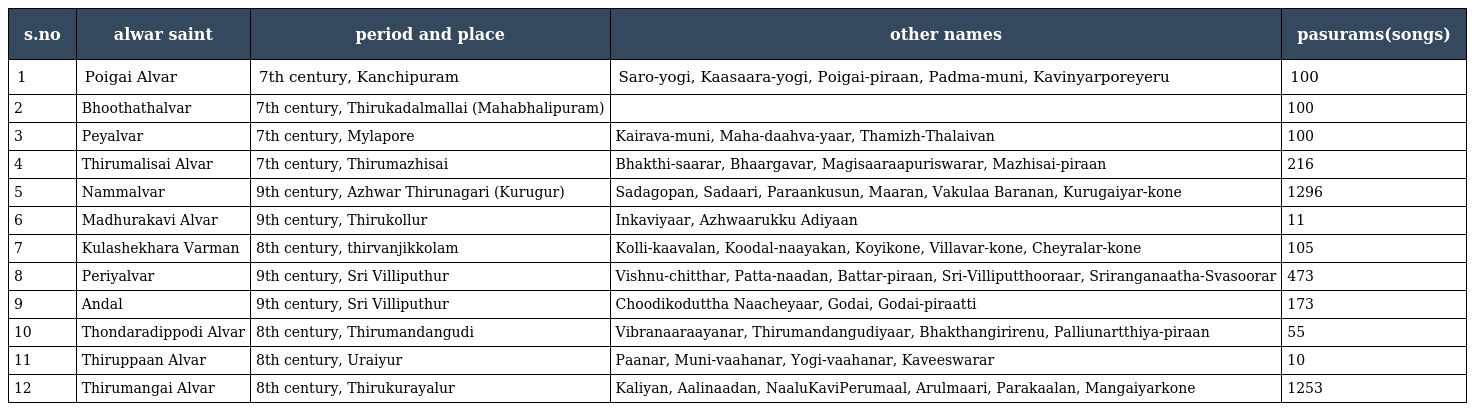
| s.no | alwar saint | period and place | other names | pasurams(songs) |
 | --- | --- | --- | --- | --- |
 | 1 | Poigai Alvar | 7th century, Kanchipuram | Saro-yogi, Kaasaara-yogi, Poigai-piraan, Padma-muni, Kavinyarporeyeru | 100 |
 | 2 | Bhoothathalvar | 7th century, Thirukadalmallai (Mahabhalipuram) |  | 100 |
 | 3 | Peyalvar | 7th century, Mylapore | Kairava-muni, Maha-daahva-yaar, Thamizh-Thalaivan | 100 |
 | 4 | Thirumalisai Alvar | 7th century, Thirumazhisai | Bhakthi-saarar, Bhaargavar, Magisaaraapuriswarar, Mazhisai-piraan | 216 |
 | 5 | Nammalvar | 9th century, Azhwar Thirunagari (Kurugur) | Sadagopan, Sadaari, Paraankusun, Maaran, Vakulaa Baranan, Kurugaiyar-kone | 1296 |
 | 6 | Madhurakavi Alvar | 9th century, Thirukollur | Inkaviyaar, Azhwaarukku Adiyaan | 11 |
 | 7 | Kulashekhara Varman | 8th century, thirvanjikkolam | Kolli-kaavalan, Koodal-naayakan, Koyikone, Villavar-kone, Cheyralar-kone | 105 |
 | 8 | Periyalvar | 9th century, Sri Villiputhur | Vishnu-chitthar, Patta-naadan, Battar-piraan, Sri-Villiputthooraar, Sriranganaatha-Svasoorar | 473 |
 | 9 | Andal | 9th century, Sri Villiputhur | Choodikoduttha Naacheyaar, Godai, Godai-piraatti | 173 |
 | 10 | Thondaradippodi Alvar | 8th century, Thirumandangudi | Vibranaaraayanar, Thirumandangudiyaar, Bhakthangirirenu, Palliunartthiya-piraan | 55 |
 | 11 | Thiruppaan Alvar | 8th century, Uraiyur | Paanar, Muni-vaahanar, Yogi-vaahanar, Kaveeswarar | 10 |
 | 12 | Thirumangai Alvar | 8th century, Thirukurayalur | Kaliyan, Aalinaadan, NaaluKaviPerumaal, Arulmaari, Parakaalan, Mangaiyarkone | 1253 |